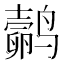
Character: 𬸬